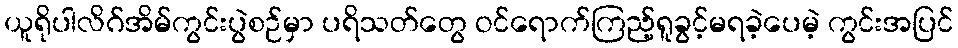
ယူရိုပါလိဂ်အိမ်ကွင်းပွဲစဉ်မှာ ပရိသတ်တွေ ဝင်ရောက်ကြည့်ရူခွင့်မရခဲ့ပေမဲ့ ကွင်းအပြင်